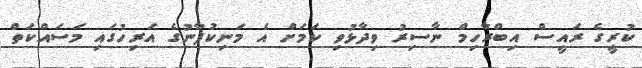
ކުރީގެ ރައީސް އިބްރާހިމް ނާސިރު ވިދާޅުވި ކަމަށް އެ މަނިކުފާނުގެ އަރިހުގައި މަސައްކަތް